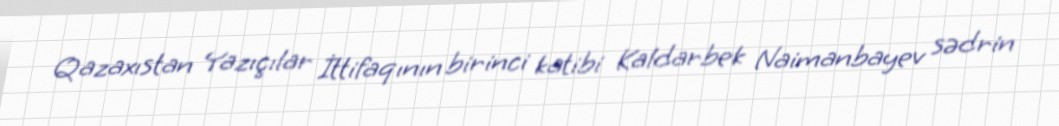
Qazaxıstan Yazıçılar İttifaqının birinci katibi Kaldarbek Naimanbayev sədrin